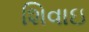
શિવાઇ